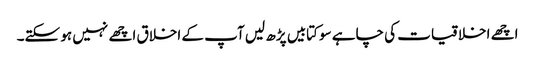
اچھے اخلاقیات کی چاہے سو کتابیں پڑھ لیں آپ کے اخلاق اچھے نہیں ہو سکتے۔